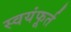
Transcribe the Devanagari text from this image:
स्वयंफूर्त